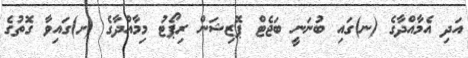
އަދި އެމާއްދާގެ (ނ)ގައި ބުނަނީ ބަޖެޓް ޕޮޒިޝަން ރިޕޯޓު މިމާއްދާގެ (ށ)ގައިވާ ގޮތުގެ